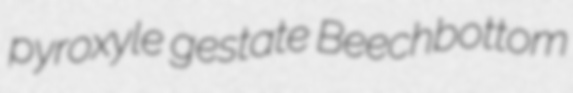
pyroxyle gestate Beechbottom